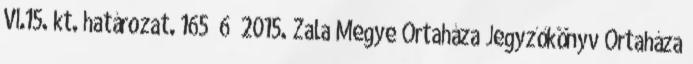
VI.15. kt. határozat. 165 6 2015. Zala Megye Ortaháza Jegyzőkönyv Ortaháza